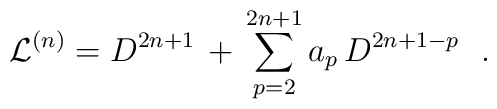
{\cal L}^{(n)}=D^{2n+1}\,+\,\sum_{p=2}^{2n+1}a_p   \,D^{2n+1-p}\ \ .